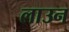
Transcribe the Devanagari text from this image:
लाउन